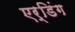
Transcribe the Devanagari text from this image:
एर्डिंग